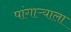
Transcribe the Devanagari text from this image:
पांगाऱ्याला